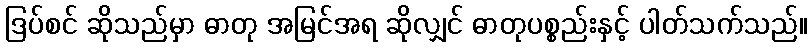
ဒြပ်စင် ဆိုသည်မှာ ဓာတု အမြင်အရ ဆိုလျှင် ဓာတုပစ္စည်းနှင့် ပါတ်သက်သည်။